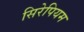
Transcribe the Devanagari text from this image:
सिरेपियम